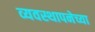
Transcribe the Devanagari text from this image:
व्यवस्थापनेच्या